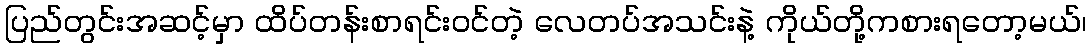
ပြည်တွင်းအဆင့်မှာ ထိပ်တန်းစာရင်းဝင်တဲ့ လေတပ်အသင်းနဲ့ ကိုယ်တို့ကစားရတော့မယ်၊